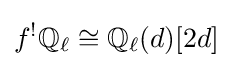
f^{!}\mathbb {Q} _{\ell }\cong \mathbb {Q} _{\ell }(d)[2d]